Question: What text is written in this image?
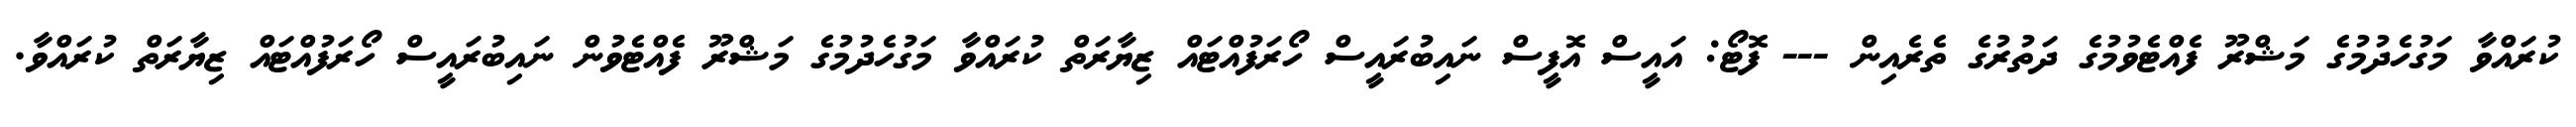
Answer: ކުރައްވާ މަގުހެދުމުގެ މަޝްރޫ ފެއްޓެވުމުގެ ދަތުރުގެ ތެރެއިން --- ފޮޓޯ: އައީސް އޮފީސް ނައިބުރައީސް ހޯރަފުއްޓައް ޒިޔާރަތް ކުރައްވާ މަގުހެދުމުގެ މަޝްރޫ ފެއްޓެވުން ނައިބުރައީސް ހޯރަފުއްޓައް ޒިޔާރަތް ކުރައްވާ.